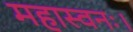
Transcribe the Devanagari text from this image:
महास्वनः।